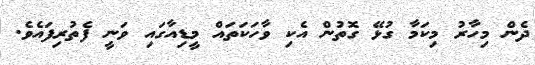
ދެން މިހާރު މިކަމާ ގުޅޭ ގޮތުން އެކި ވާހަކަތައް މީޑިއާގައި ވަނީ ފެތުރިފައެވެ.